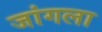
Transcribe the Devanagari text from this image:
जांगला